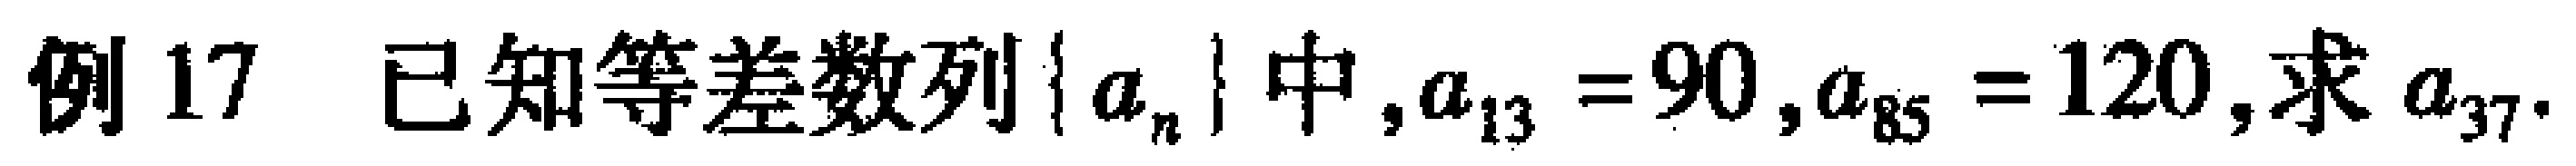
例17 已知等差数列\(\{ a_{n}\}\)中，\(a_{13}=90\)，\(a_{85}=120\)，求\(a_{37}\)。